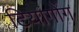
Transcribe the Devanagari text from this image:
टियांगोंग